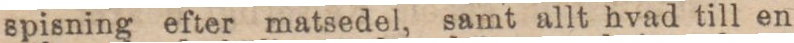
spisning efter matsedel, samt allt hvad till en